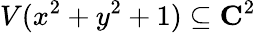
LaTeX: V(x^{2}+y^{2}+1)\subseteq\mathbf{C}^{2}